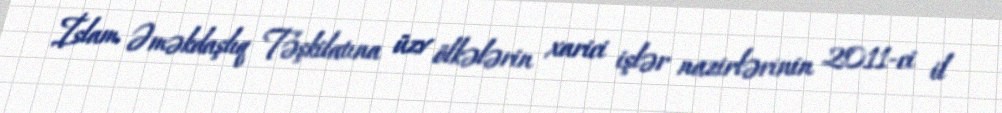
İslam Əməkdaşlıq Təşkilatına üzv ölkələrin xarici işlər nazirlərinin 2011-ci il